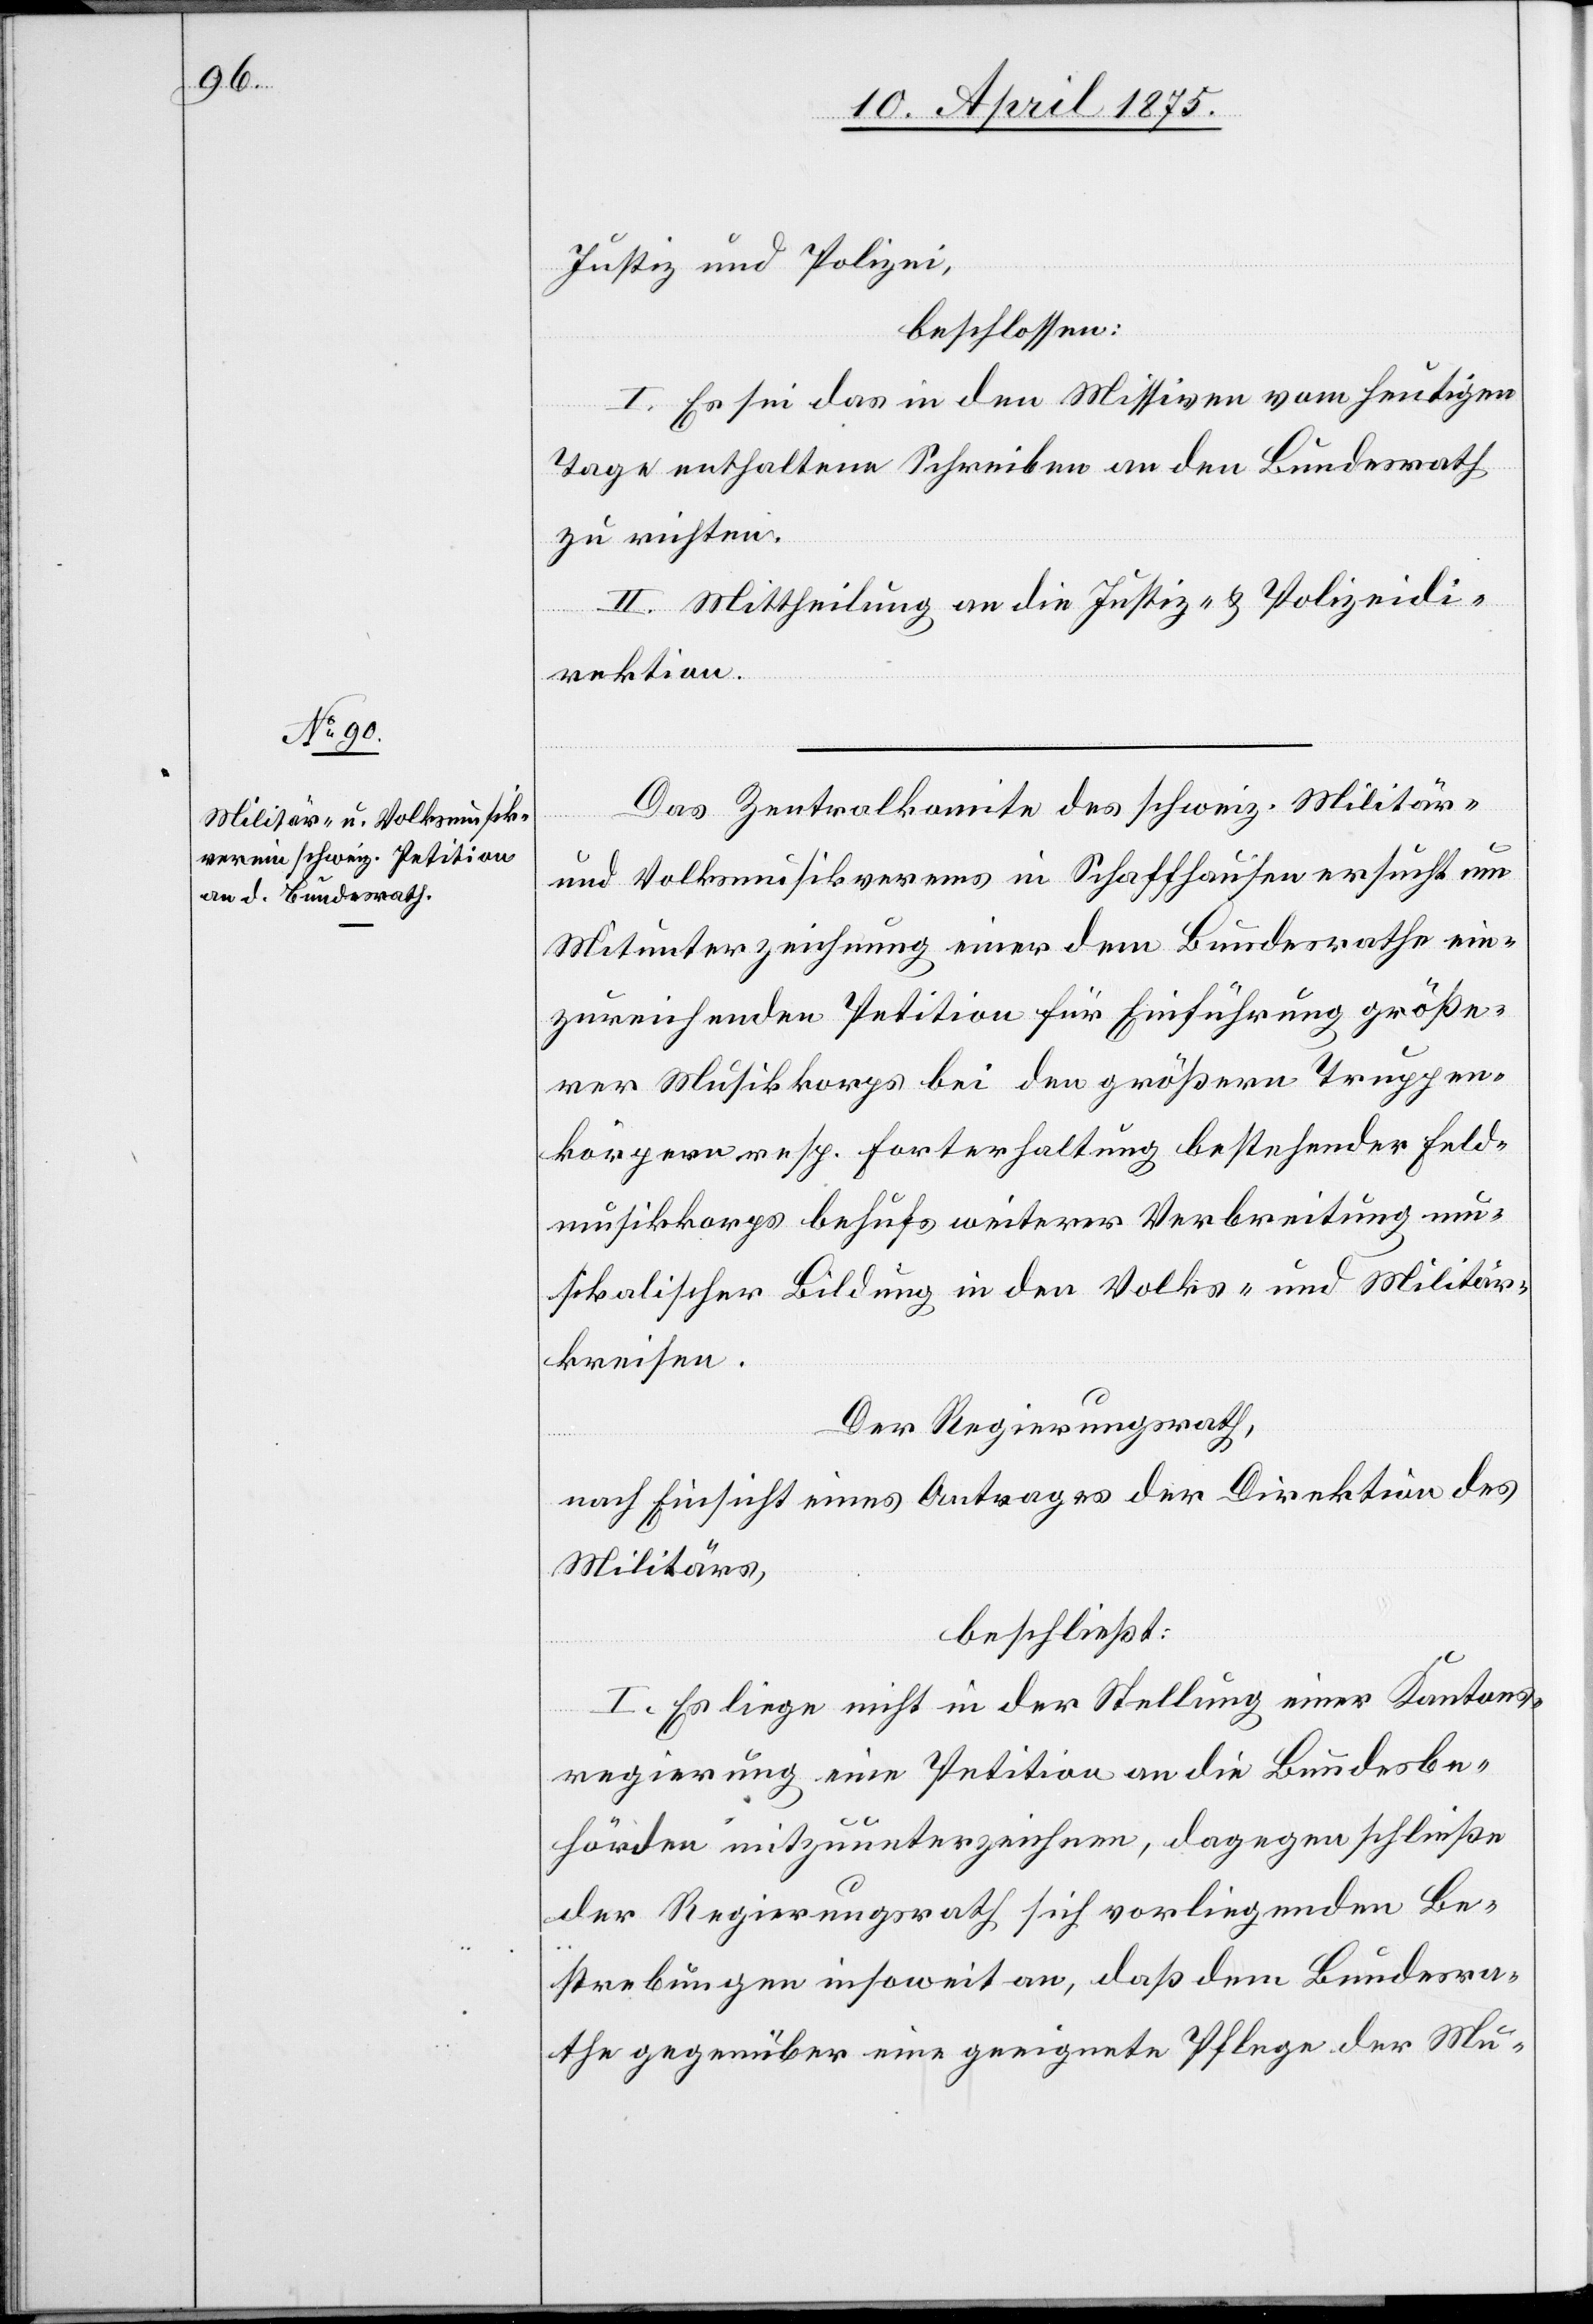
Justiz und Polizei,
beschlossen:
I. Es sei das in Missiven vom heutigen
Tage enthaltene Schreiben an den Bundesrath
zu richten.
II. Mittheilung an die Justiz- & Polizeidi¬
rketion.
Das Zentralkomite des schweiz. Militär-
und Volksmusikvereins in Schaffhausen ersucht um
Mitunterzeichnung einer dem Bundesrathe ein¬
zureichenden Petition für Einführung größe¬
rer Musikkorps bei den größern Truppen¬
körpern resp. Forterhaltung bestehender Feld¬
musikkorps behufs weiterer Verbreitung mu¬
sikalischer Bildung in den Volks- und Militär¬
kreisen.
Der Regierungsrath,
nach Einsicht eines Antrages der Direktion des
Militärs,
beschließt:
I. Es liege nicht in der Stellung einer Kantons¬
regierung eine Petition an die Bundesbe¬
hörden mitzuunterzeichnen, dagegen schließe
der Regierungsrath sich vorliegenden Be¬
strebungen insoweit an, daß dem Bundesra¬
the gegenüber eine geeignete Pflege der Mu-